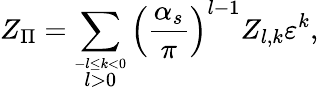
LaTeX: Z_{\Pi}=\sum_{\stackrel{-l\leq k<0}{l>0}}\left(\frac{\alpha_{s}}{\pi}\right)^{l-1}Z_{l,k}\varepsilon^{k},